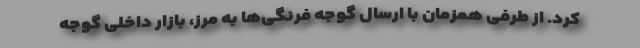
کرد. از طرفی همزمان با ارسال گوجه فرنگی‌ها به مرز، بازار داخلی گوجه